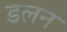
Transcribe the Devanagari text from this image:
डलन